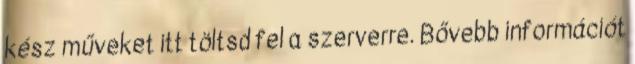
kész műveket itt töltsd fel a szerverre. Bővebb információt